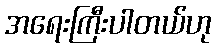
အရေးကြီးပါတယ်ဟု